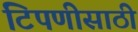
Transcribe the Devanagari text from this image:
टिपणीसाठी